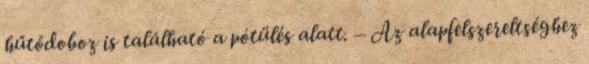
hűtődoboz is található a pótülés alatt. – Az alapfelszereltséghez